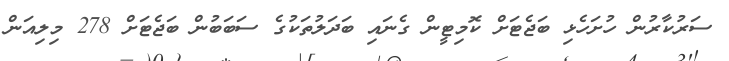
ސަރުކާރުން ހުށަހެޅި ބަޖެޓަށް ކޮމިޓީން ގެނައި ބަދަލުތަކުގެ ސަބަބުން ބަޖެޓަށް 278 މިލިއަން